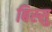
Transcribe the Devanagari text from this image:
बिस्सु